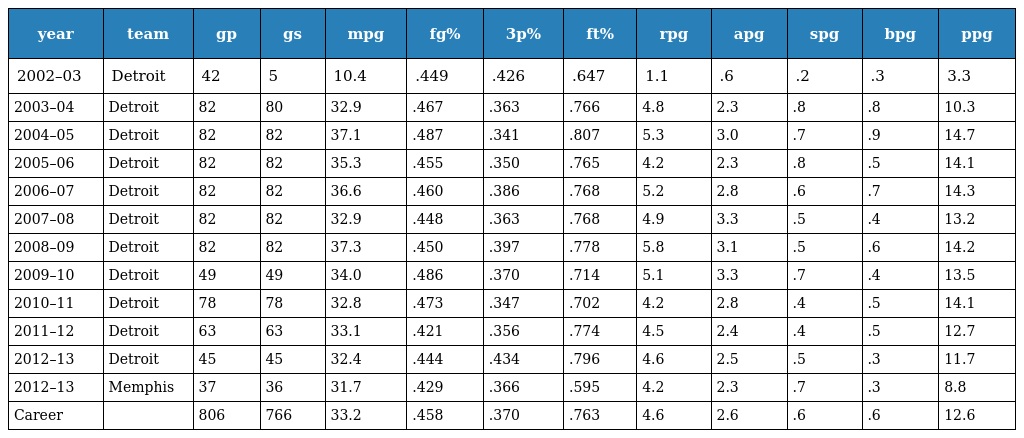
| year | team | gp | gs | mpg | fg% | 3p% | ft% | rpg | apg | spg | bpg | ppg |
 | --- | --- | --- | --- | --- | --- | --- | --- | --- | --- | --- | --- | --- |
 | 2002–03 | Detroit | 42 | 5 | 10.4 | .449 | .426 | .647 | 1.1 | .6 | .2 | .3 | 3.3 |
 | 2003–04 | Detroit | 82 | 80 | 32.9 | .467 | .363 | .766 | 4.8 | 2.3 | .8 | .8 | 10.3 |
 | 2004–05 | Detroit | 82 | 82 | 37.1 | .487 | .341 | .807 | 5.3 | 3.0 | .7 | .9 | 14.7 |
 | 2005–06 | Detroit | 82 | 82 | 35.3 | .455 | .350 | .765 | 4.2 | 2.3 | .8 | .5 | 14.1 |
 | 2006–07 | Detroit | 82 | 82 | 36.6 | .460 | .386 | .768 | 5.2 | 2.8 | .6 | .7 | 14.3 |
 | 2007–08 | Detroit | 82 | 82 | 32.9 | .448 | .363 | .768 | 4.9 | 3.3 | .5 | .4 | 13.2 |
 | 2008–09 | Detroit | 82 | 82 | 37.3 | .450 | .397 | .778 | 5.8 | 3.1 | .5 | .6 | 14.2 |
 | 2009–10 | Detroit | 49 | 49 | 34.0 | .486 | .370 | .714 | 5.1 | 3.3 | .7 | .4 | 13.5 |
 | 2010–11 | Detroit | 78 | 78 | 32.8 | .473 | .347 | .702 | 4.2 | 2.8 | .4 | .5 | 14.1 |
 | 2011–12 | Detroit | 63 | 63 | 33.1 | .421 | .356 | .774 | 4.5 | 2.4 | .4 | .5 | 12.7 |
 | 2012–13 | Detroit | 45 | 45 | 32.4 | .444 | .434 | .796 | 4.6 | 2.5 | .5 | .3 | 11.7 |
 | 2012–13 | Memphis | 37 | 36 | 31.7 | .429 | .366 | .595 | 4.2 | 2.3 | .7 | .3 | 8.8 |
 | Career |  | 806 | 766 | 33.2 | .458 | .370 | .763 | 4.6 | 2.6 | .6 | .6 | 12.6 |